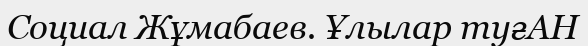
Социал Жұмабаев. Ұлылар туғАН